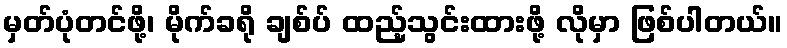
မှတ်ပုံတင်ဖို့၊ မိုက်ခရို ချစ်ပ် ထည့်သွင်းထားဖို့ လိုမှာ ဖြစ်ပါတယ်။